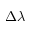
\Delta \lambda